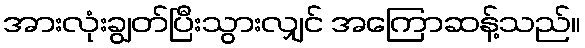
အားလုံးချွတ်ပြီးသွားလျှင် အကြောဆန့်သည်။